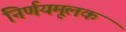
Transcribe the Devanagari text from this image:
निर्णयमूलक